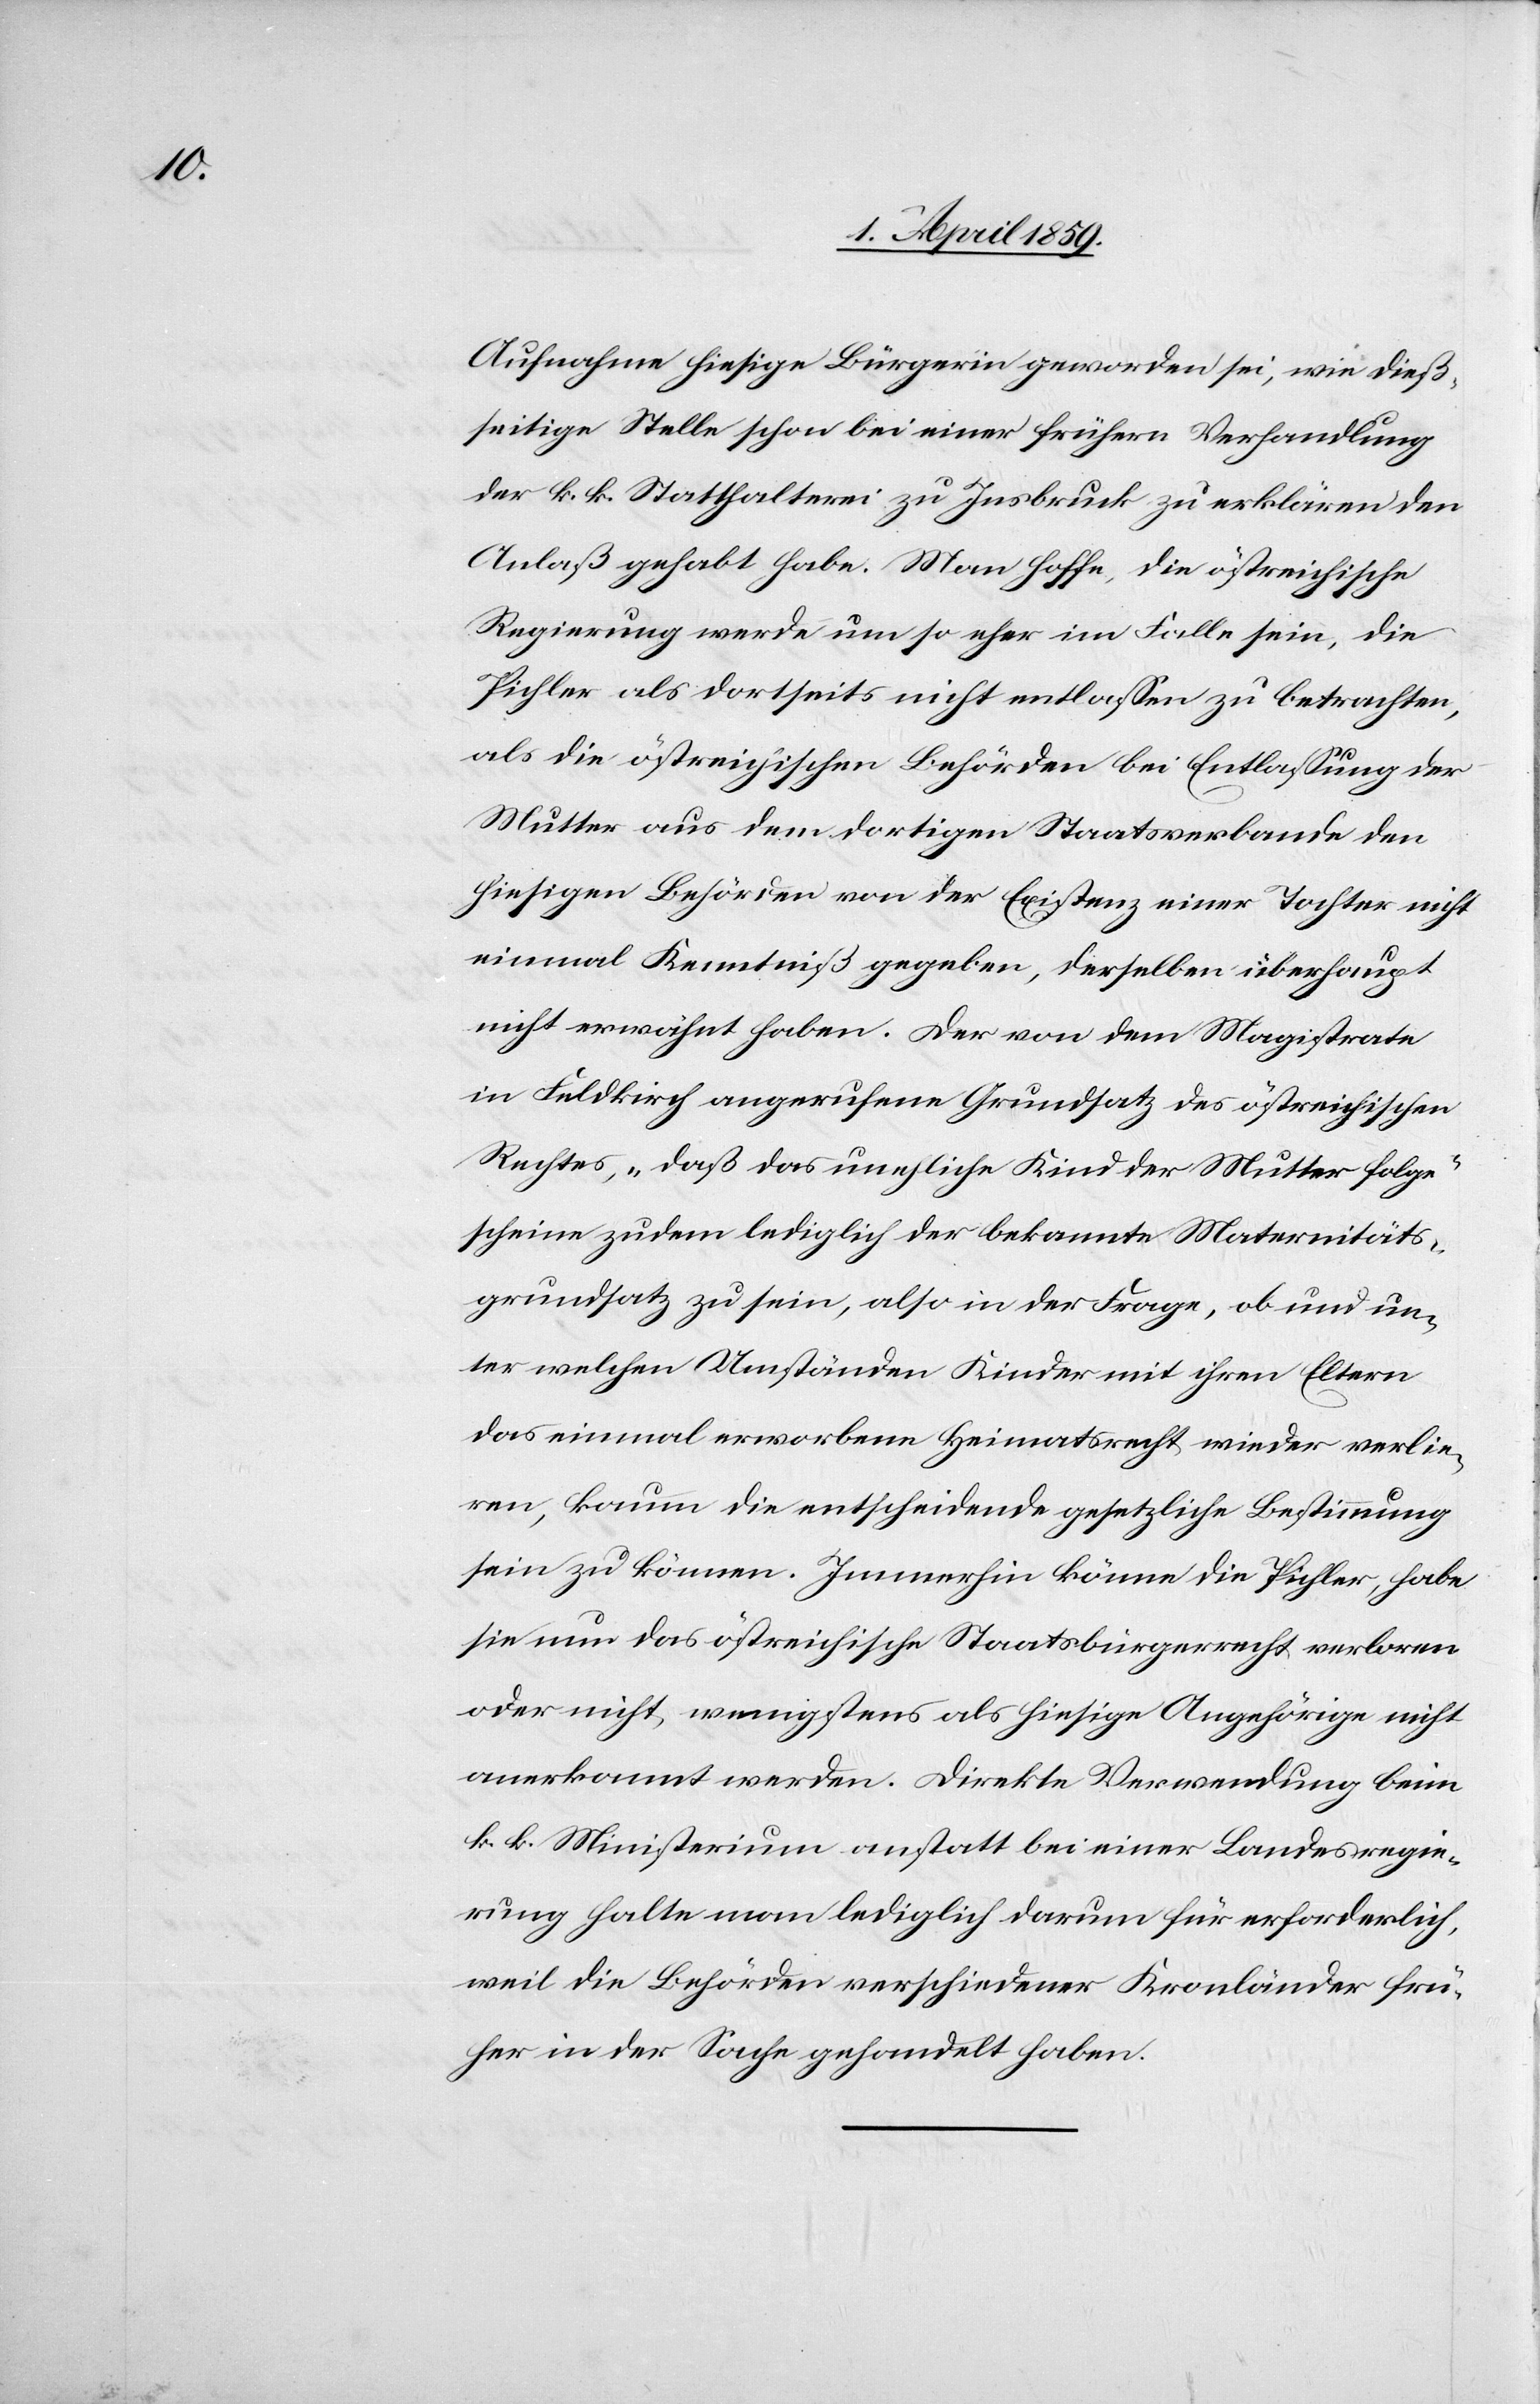
Aufnahme hiesige Bürgerin geworden sei, wie dieß¬
seitige Stelle schon bei einer frühern Verhandlung
der k. k. Statthalterei zu Insbruck zu erklären den
Anlaß gehabt habe. Man hoffe, die östreichische
Regierung werde um so eher im Falle sein, die
Pichler als dortseits nicht entlaßen zu betrachten,
als die östreichischen Behörden bei Entlaßung der
Mutter aus dem dortigen Staatsverbande den
hiesigen Behörden von der Existenz einer Tochter nicht
einmal Kenntniß gegeben, derselben überhaupt
nicht erwähnt haben. Der von dem Magistrate
in Feldkirch angerufene Grundsatz des östreichischen
Rechtes , „daß das unehliche Kind der Mutter folge“
scheine zudem lediglich der bekannte Maternitäts¬
grundsatz zu sein, also in der Frage, ob und un¬
ter welchen Umständen Kinder mit ihren Eltern
das einmal erworbene Heimatsrecht wieder verlie¬
ren, kaum die entscheidende gesetzliche Bestimmung
sein zu können. Immerhin könne die Pichler, habe
sie nur das östreichische Staatsbürgerrecht verloren
oder nicht, wenigstens als hiesige Angehörige nicht
anerkannt werden. Direkte Verwendung beim
k. k. Ministerium anstatt bei einer Landesregie¬
rung halte man lediglich darum für erforderlich,
weil die Behörden verschiedener Kronländer frü¬
her in der Sache gehandelt haben.